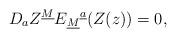
LaTeX: \begin{align*}{D}_{a}Z^{\underline M}E_{\underline M}{}^{\underline a}(Z(z))=0,\end{align*}